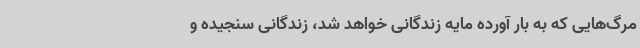
مرگ‌هایی که به بار آورده مایه زندگانی خواهد شد، زندگانی سنجیده و